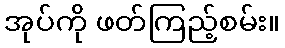
အုပ်ကို ဖတ်ကြည့်စမ်း။